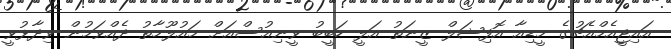
އައިޖީއެމްއެޗުގެ މީޑިއާ އޮފިޝަލް ޒީނަތު އަލީ ހަބީބު ވީނިއުސްއަށް މައުލޫމާތު ދެއްވަމުން ވިދާޅުވީ